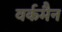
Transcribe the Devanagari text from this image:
वर्कमैन